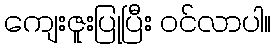
ကျေးဇူးပြုပြီး ဝင်လာပါ။